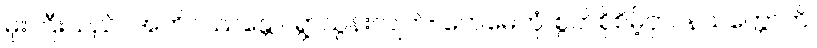
မိုးကြီးသည်။ အဘိဝဿန္တော၊ ရွာသွန်းလျက်။ တေမေတုံ၊ စွတ်စိုစိမ့်ငှာ။ နသက္ကောတိ၊